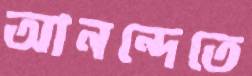
আনন্দেতে